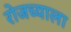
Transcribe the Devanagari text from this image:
रोजच्याला